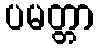
ပမတ္တာ